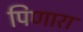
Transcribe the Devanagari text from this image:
पिणारा